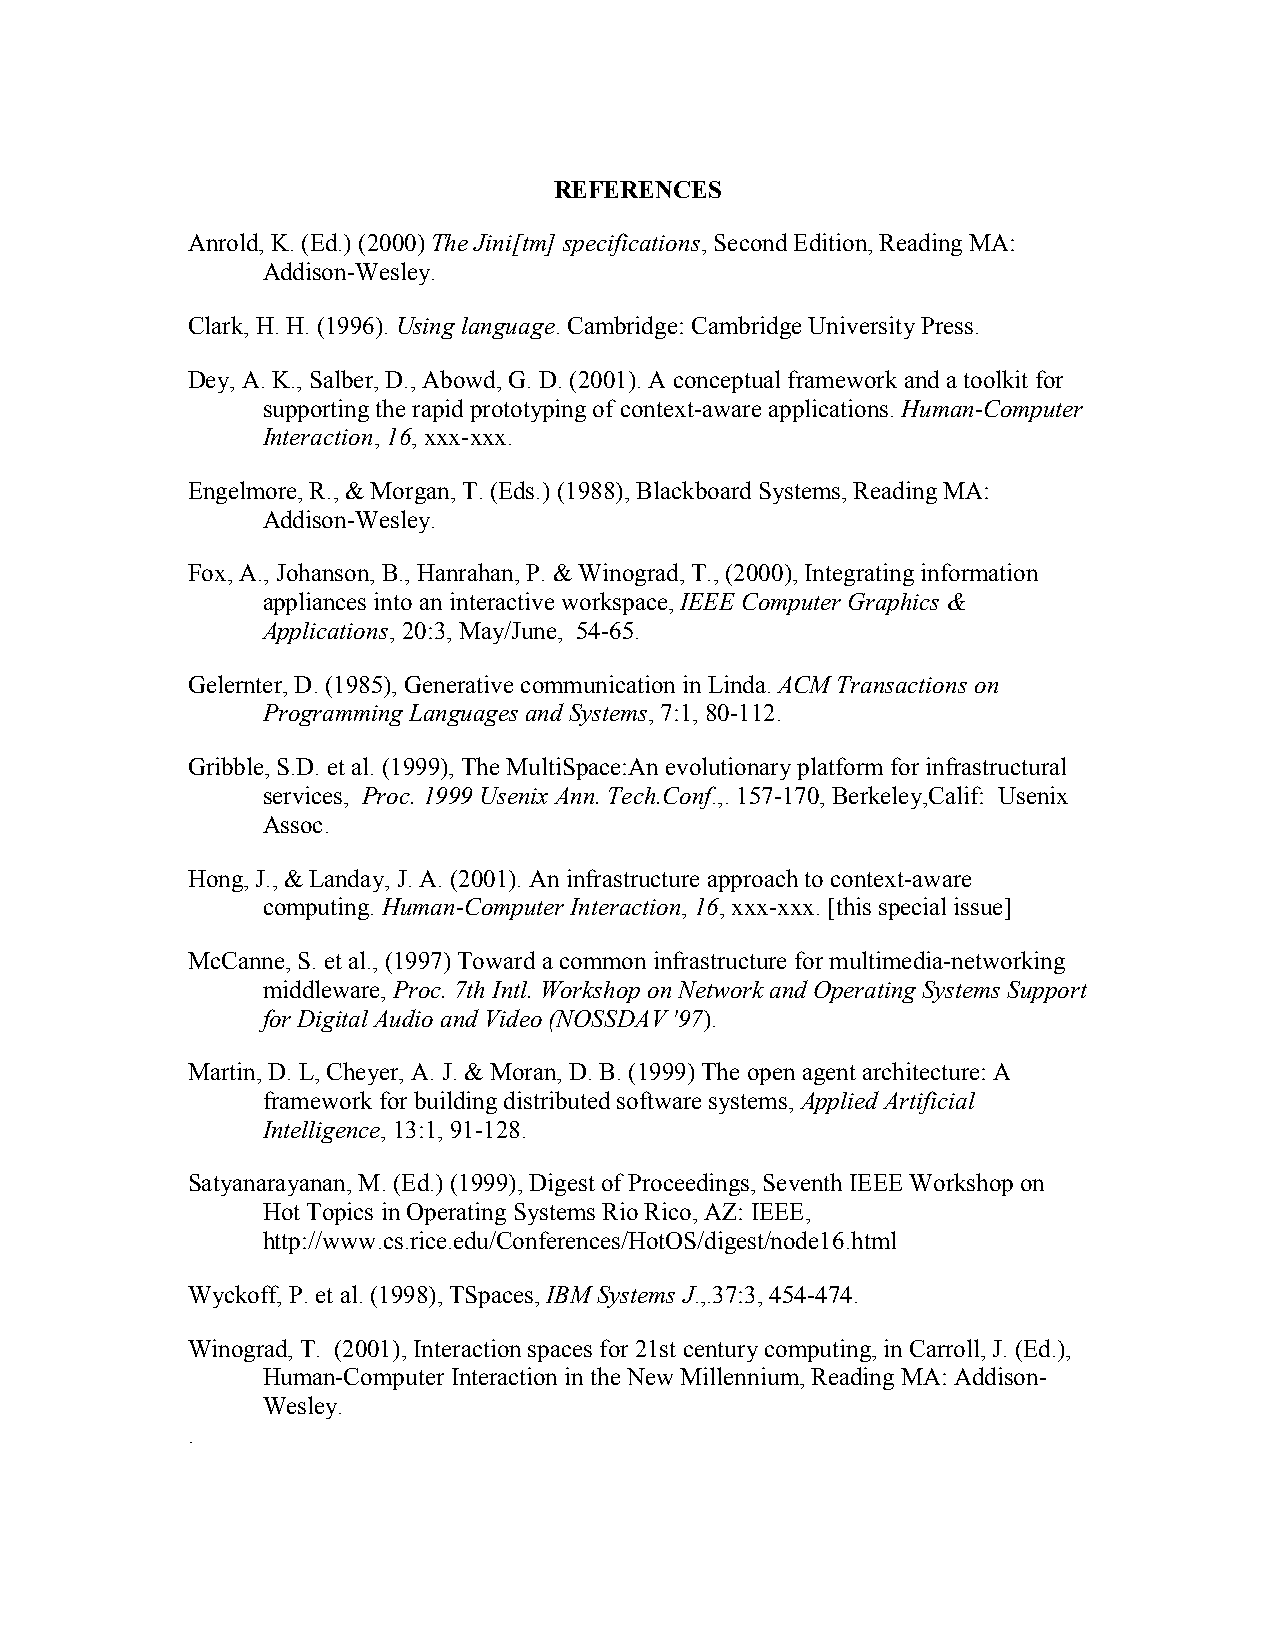
REFERENCES
 Anrold, K. (Ed.) (2000) The Jini[tm] specifications, Second Edition, Reading MA:
 Addison-Wesley.
 Clark, H. H. (1996). Using language. Cambridge: Cambridge University Press.
 Dey, A. K., Salber, D., Abowd, G. D. (2001). A conceptual framework and a toolkit for
 supporting the rapid prototyping of context-aware applications. Human-Computer
 Interaction, 16, xxx-xxx.
 Engelmore, R., & Morgan, T. (Eds.) (1988), Blackboard Systems, Reading MA:
 Addison-Wesley.
 Fox, A., Johanson, B., Hanrahan, P. & Winograd, T., (2000), Integrating information
 appliances into an interactive workspace, IEEE Computer Graphics &
 Applications, 20:3, May/June, 54-65.
 Gelernter, D. (1985), Generative communication in Linda. ACM Transactions on
 Programming Languages and Systems, 7:1, 80-112.
 Gribble, S.D. et al. (1999), The MultiSpace:An evolutionary platform for infrastructural
 services, Proc. 1999 Usenix Ann. Tech.Conf.,. 157-170, Berkeley,Calif: Usenix
 Assoc.
 Hong, J., & Landay, J. A. (2001). An infrastructure approach to context-aware
 computing. Human-Computer Interaction, 16, xxx-xxx. [this special issue]
 McCanne, S. et al., (1997) Toward a common infrastructure for multimedia-networking
 middleware, Proc. 7th Intl. Workshop on Network and Operating Systems Support
 for Digital Audio and Video (NOSSDAV '97).
 Martin, D. L, Cheyer, A. J. & Moran, D. B. (1999) The open agent architecture: A
 framework for building distributed software systems, Applied Artificial
 Intelligence, 13:1, 91-128.
 Satyanarayanan, M. (Ed.) (1999), Digest of Proceedings, Seventh IEEE Workshop on
 Hot Topics in Operating Systems Rio Rico, AZ: IEEE,
 http://www.cs.rice.edu/Conferences/HotOS/digest/node16.html
 Wyckoff, P. et al. (1998), TSpaces, IBM Systems J.,.37:3, 454-474.
 Winograd, T. (2001), Interaction spaces for 21st century computing, in Carroll, J. (Ed.),
 Human-Computer Interaction in the New Millennium, Reading MA: Addison-
 Wesley.
 .